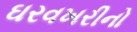
ઘરવખરીનો